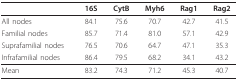
|  | 16S | CytB | Myh6 | Rag1 | Rag2 |
 | --- | --- | --- | --- | --- | --- |
 | All nodes | 84.1 | 75.6 | 70.7 | 42.7 | 41.5 |
 | Familial nodes | 85.7 | 71.4 | 81.0 | 57.1 | 42.9 |
 | Suprafamilial nodes | 76.5 | 70.6 | 64.7 | 47.1 | 35.3 |
 | Infrafamilial nodes | 86.4 | 79.5 | 68.2 | 34.1 | 43.2 |
 | Mean | 83.2 | 74.3 | 71.2 | 45.3 | 40.7 |